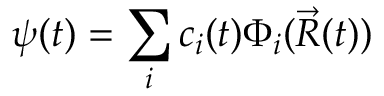
\psi ( t ) = \sum _ { i } c _ { i } ( t ) \Phi _ { i } ( \vec { R } ( t ) )